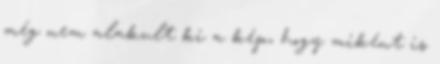
még nem alakult ki a kép, hogy miként is